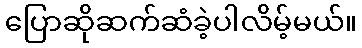
ပြောဆိုဆက်ဆံခဲ့ပါလိမ့်မယ်။